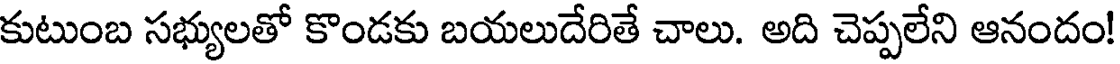
కుటుంబ సభ్యులతో కొండకు బయలుదేరితే చాలు. అది చెప్పలేని ఆనందం!